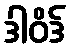
ဒါဝိဒ်